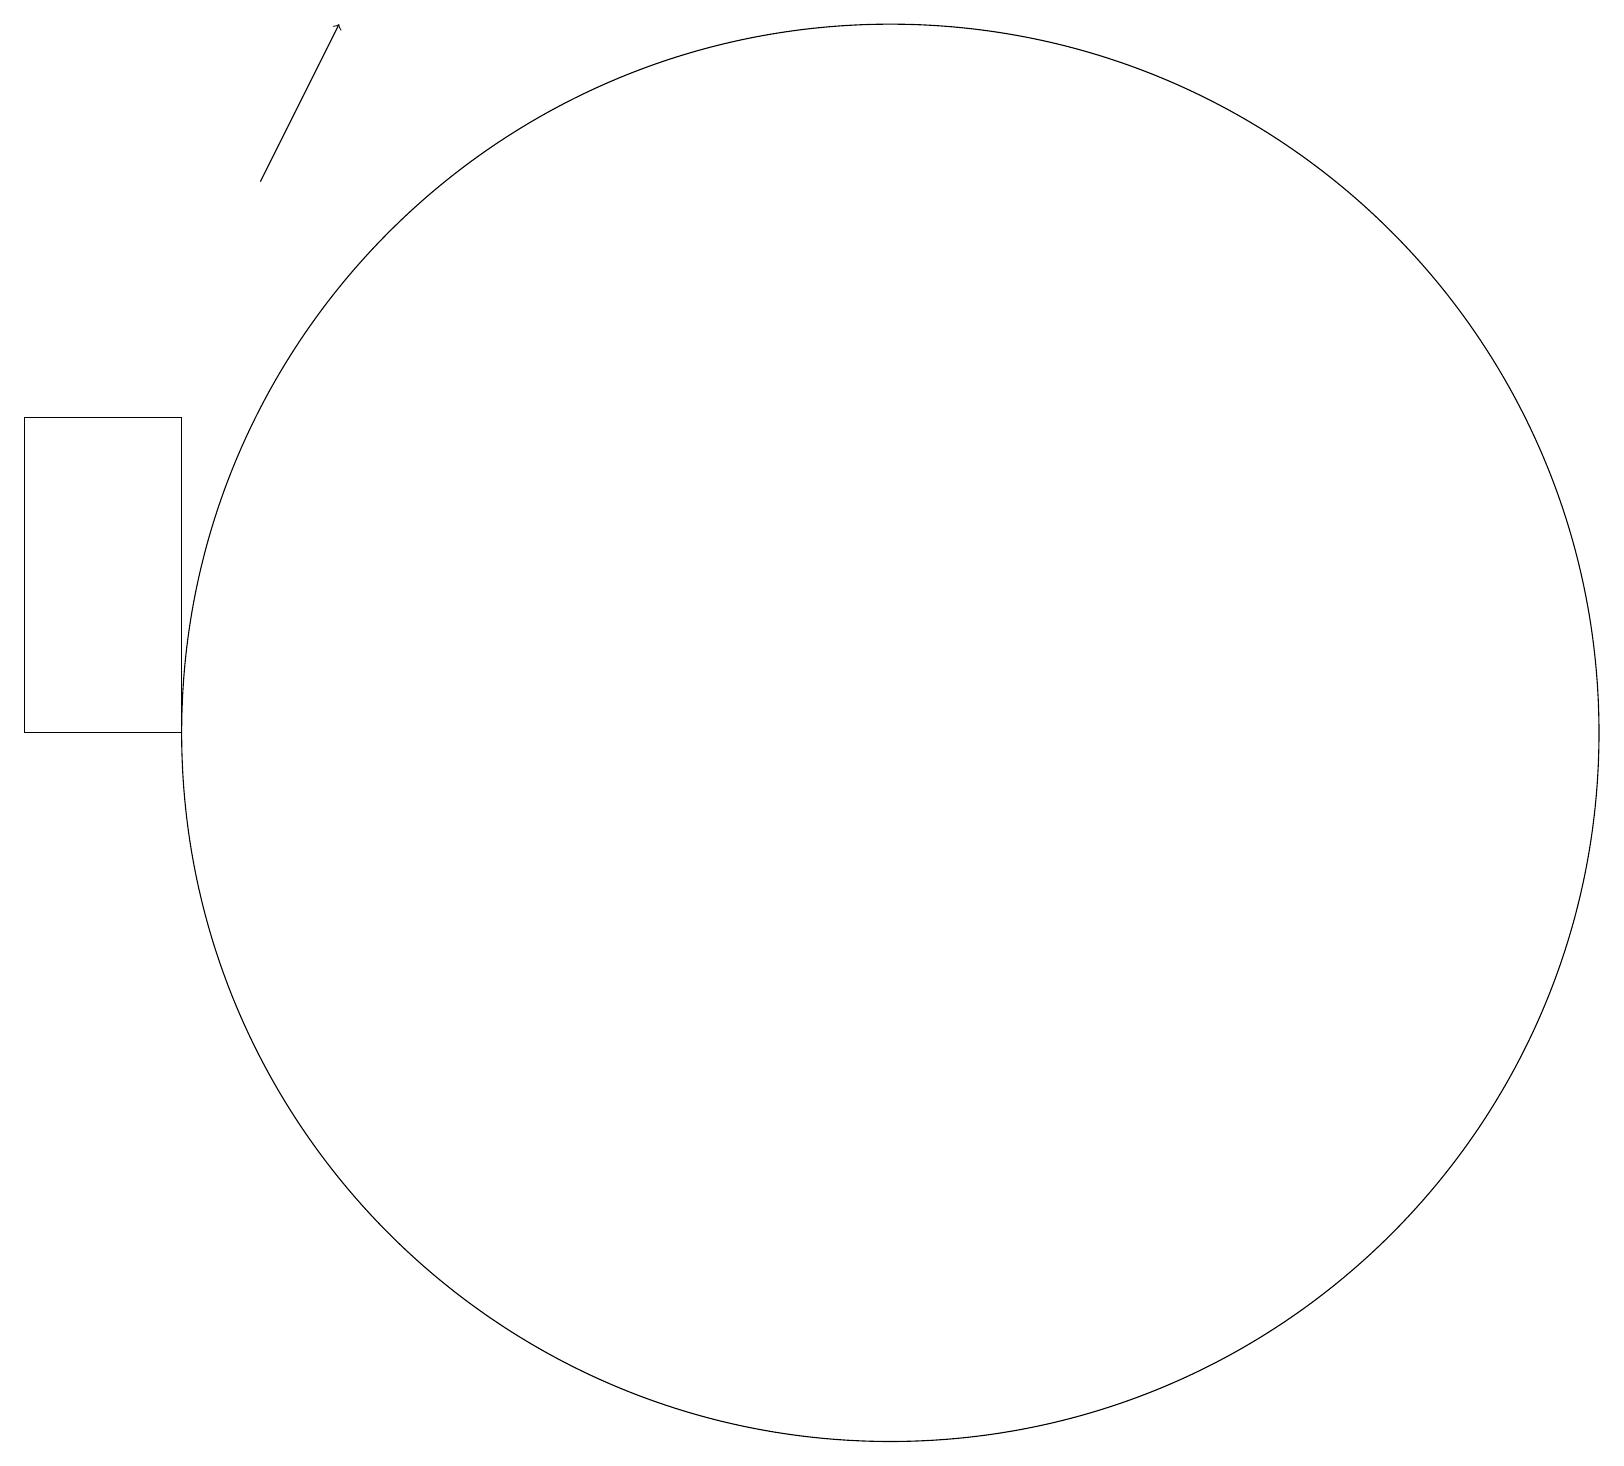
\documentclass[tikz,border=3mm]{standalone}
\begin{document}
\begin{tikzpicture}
\draw (3,10) rectangle (1,14);
\draw (12,10) circle (9);
\draw[->] (4,17) -- (5,19);
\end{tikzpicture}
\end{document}